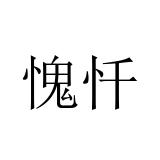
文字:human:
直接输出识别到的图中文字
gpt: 愧忏